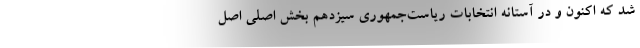
شد که اکنون و در آستانه انتخابات ریاست‌جمهوری سیزدهم بخش اصلی اصل